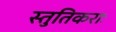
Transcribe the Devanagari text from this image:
स्तुतिकराः